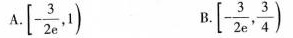
A.$$[ - \frac { 3 } { 2 e } , 1 )$$ B.$$[ - \frac { 3 } { 2 e } , \frac { 3 } { 4 } )$$